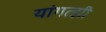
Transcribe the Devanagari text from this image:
यांगत्झी